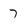
Character: 7